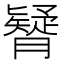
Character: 𦢇